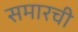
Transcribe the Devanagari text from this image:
समारची